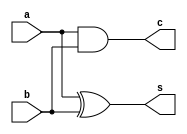
`timescale 1ns / 1ps
//////////////////////////////////////////////////////////////////////////////////
// Company: 
// Engineer: 
// 
// Design Name: 
// Module Name: half_adder
// Project Name: 
// Target Devices: 
// Tool Versions: 
// Description: 
// 
// Dependencies: 
// 
// Revision:
// Revision 0.01 - File Created
// Additional Comments:
// 
//////////////////////////////////////////////////////////////////////////////////


module half_adder(
    a,
    b,
    s,
    c
    );
    input a, b;
    output s, c;
    xor (s, a, b);
    and (c, a, b);
endmodule